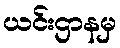
ယင်းဌာနမှ